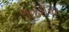
સાઇટીયમ